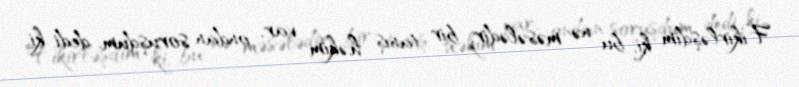
Fikirləşdim ki, bu nə məsələdir, bir tanış həkim var, ondan soruşdum, dedi ki,